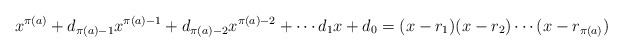
\begin{align*}x^{\pi(a)} + d_{\pi(a) - 1}x^{\pi(a) - 1} + d_{\pi(a) - 2}x^{\pi(a) - 2} + \cdots d_1x + d_0 = (x - r_1)(x - r_2)\cdots(x - r_{\pi(a)})\end{align*}